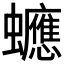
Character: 𧕄